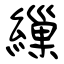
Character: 繅